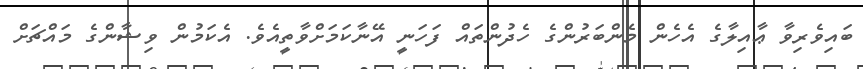
ބައިވެރިވާ ޢާއިލާގެ އެހެން މެންބަރުންގެ ހެދުންތައް ފަހަނީ އޭނާކަމަށްވާތީއެވެ. އެކަމުން ވިޝާންގެ މައްޗަށް